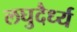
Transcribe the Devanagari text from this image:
लघुदैर्ध्य